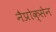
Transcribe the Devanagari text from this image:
नैप्रोक्सेन